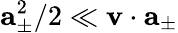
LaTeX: \mathbf{a}_{\pm}^{2}/2\ll\mathbf{v}\cdot\mathbf{a}_{\pm}